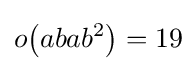
o{\bigl (}abab^{2}{\bigr )}=19